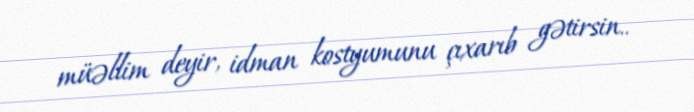
müəllim deyir, idman kostyumunu çıxarıb gətirsin..